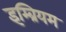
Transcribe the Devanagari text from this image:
इम्ब्रियम